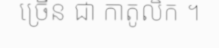
ច្រើន ជា កាតូលិក ។